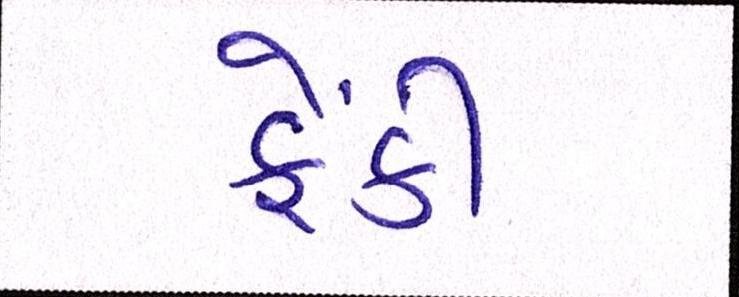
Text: ફેંકી